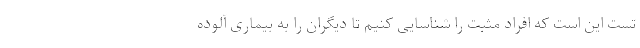
تست این است که افراد مثبت را شناسایی کنیم تا دیگران را به بیماری آلوده